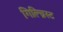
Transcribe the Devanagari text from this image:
गिल्च्रिस्ट